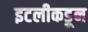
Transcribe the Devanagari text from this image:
इटलीकडून